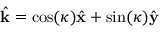
\hat { \mathbf { k } } = \cos ( \kappa ) \hat { \mathbf { x } } + \sin ( \kappa ) \hat { \mathbf { y } }